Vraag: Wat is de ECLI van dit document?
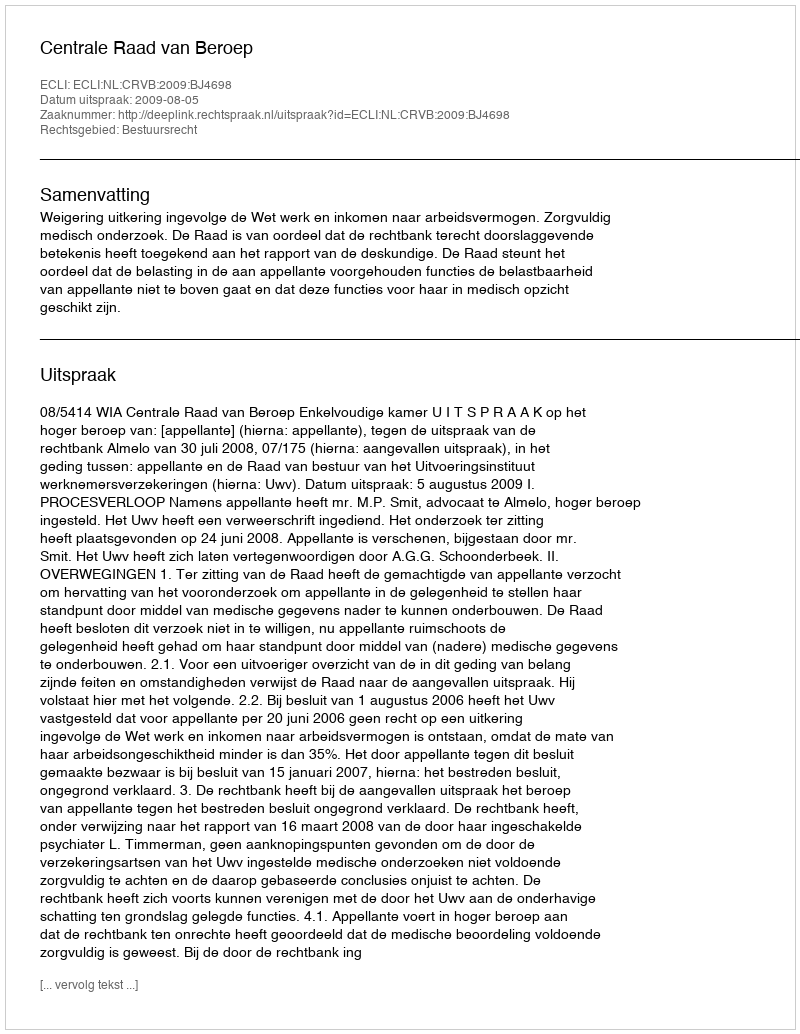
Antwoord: ECLI:NL:CRVB:2009:BJ4698